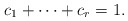
\begin{align*}c_1 + \cdots + c_r = 1.\end{align*}